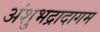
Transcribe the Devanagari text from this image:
अंशुभद्रादागम